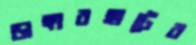
ডাঙ্গারহাটের